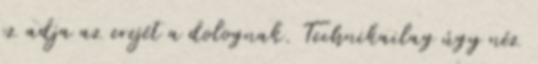
ez adja az erejét a dolognak. Technikailag úgy néz